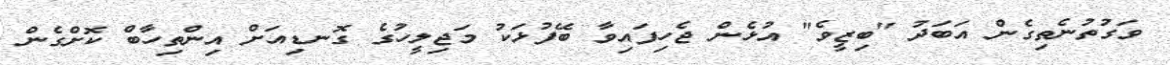
ވަގުތުނެތިގެން އަބަދު "ބިޒީވެ" އުޅެން ޖެހިފައިވާ ބޭފުޅަކު މަޖިލީހުގެ ގޮނޑިއަށް އިންތިހާބް ކޮށްގެން